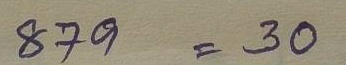
879 = 30